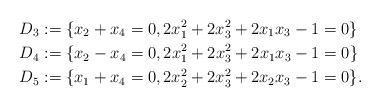
LaTeX: \begin{align*} D_3 &:= \{ x_2 + x_4 = 0, 2x_1^2 + 2x_3^2 + 2x_1 x_3 - 1 = 0 \} \\ D_4 &:= \{ x_2 - x_4 = 0, 2x_1^2 + 2x_3^2 + 2x_1 x_3 - 1 = 0 \} \\ D_5 &:= \{ x_1 + x_4 = 0, 2x_2^2 + 2x_3^2 + 2x_2 x_3 - 1 = 0 \}.\end{align*}